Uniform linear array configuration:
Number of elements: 4
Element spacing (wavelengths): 0.5
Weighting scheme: cosine
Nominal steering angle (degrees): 60
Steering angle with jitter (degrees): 58.276
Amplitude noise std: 0.05
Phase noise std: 0.05

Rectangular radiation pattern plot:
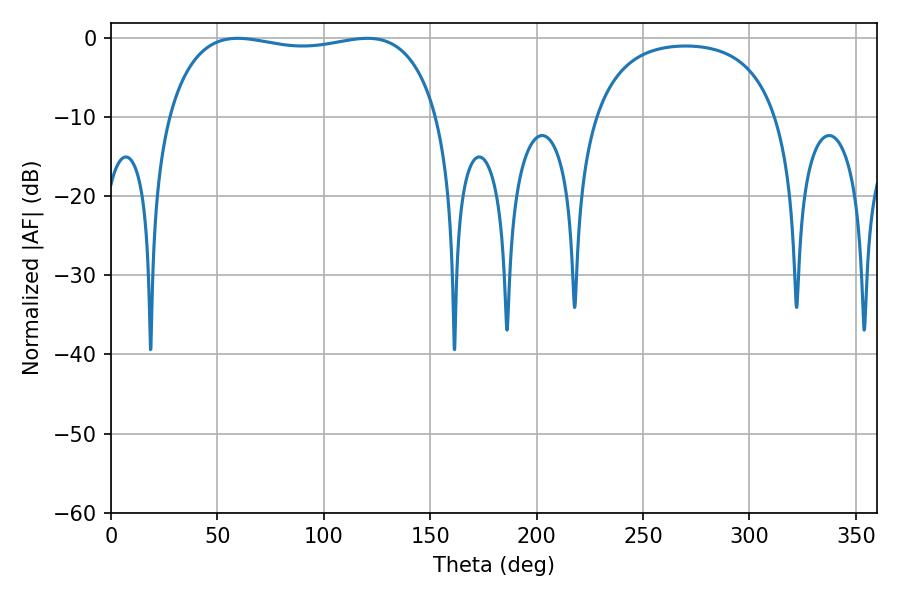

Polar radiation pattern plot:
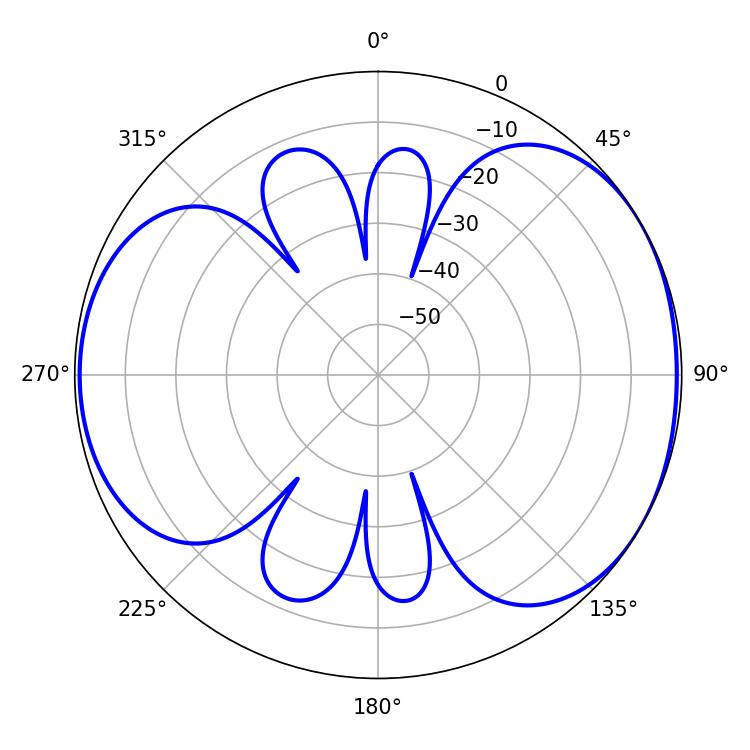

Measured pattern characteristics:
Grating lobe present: FALSE
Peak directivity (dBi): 4.802
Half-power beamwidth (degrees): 102.6
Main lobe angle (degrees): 59.58